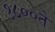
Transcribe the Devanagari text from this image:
१८००ते